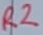
Text: R2